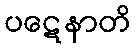
ပဋေနာတိ